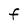
Character: F